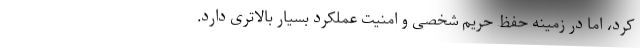
کرد، اما در زمینه حفظ حریم شخصی و امنیت عملکرد بسیار بالاتری دارد.